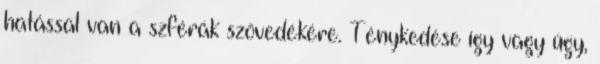
hatással van a szférák szövedékére. Ténykedése így vagy úgy,